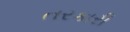
તરકારી